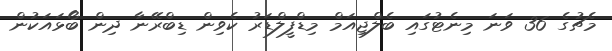
މެޗުގެ 36 ވަނަ މިނެޓުގައި ބެލްޖިއަމް މިޑްފީލްޑަރު ކެވިން ޑިބްރޭނާ ދިން ބޯޅައަކުން